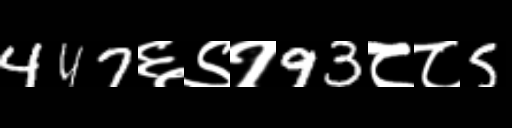
Text: 447६९१93८८5